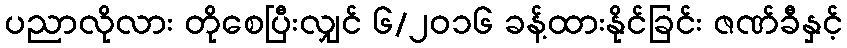
ပညာလိုလား တိုစေပြီးလျှင် ၆/၂၀၁၆ ခန့်ထားနိုင်ခြင်း ဇဏ်ခီနှင့်